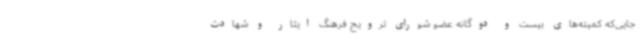
جایی‌که کمیته‌های بیست و دوگانه عضو شورای ترویج فرهنگ ایثار و شهادت